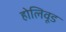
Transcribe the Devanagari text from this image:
होलिवूड